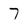
Character: 7